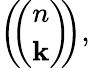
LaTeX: \left(\! \! {\binom{n}{\mathbf{k}}}\! \! \right),